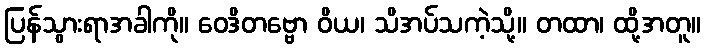
ပြန်သွားရာအခါကို။ ဝေဒိတဗ္ဗော ဝိယ၊ သိအပ်သကဲ့သို့။ တထာ၊ ထို့အတူ။